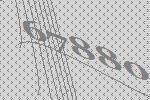
67880